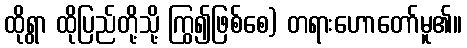
ထိုရွာ ထိုပြည်တို့သို့ ကြွ၍ဖြစ်စေ) တရားဟောတော်မူ၏။